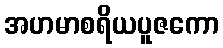
အဟမာစရိယပူဇကော